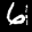
Label: 6